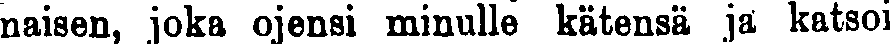
naisen, joka ojensi minulle kätensä ja katsoi